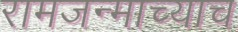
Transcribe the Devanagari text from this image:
रामजन्माच्याच